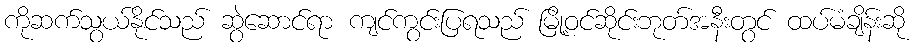
ကိုဆက်သွယ်နိုင်သည် ဆွဲဆောင်ရာ ကျင်ကွင်းပြရသည် မြို့ဝင်ဆိုင်းဘုတ်အနီးတွင် ထပ်မံချိန်းဆို